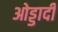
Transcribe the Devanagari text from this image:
ओड्डादी